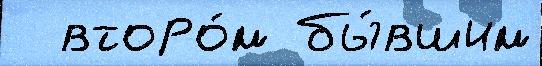
  второ́м бы́вшим